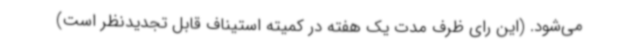
می‌شود. (این رای ظرف مدت یک هفته در کمیته استیناف قابل تجدیدنظر است)